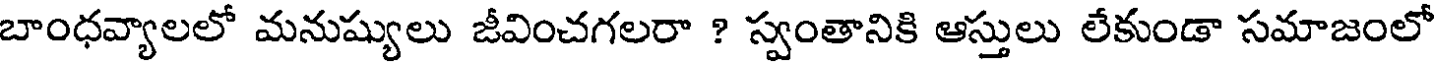
బాంధవ్యాలలో మనుష్యులు జీవించగలరా ? స్వంతానికి ఆస్తులు లేకుండా సమాజంలో